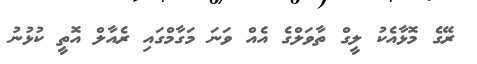
ރޭގެ މޮޅާއެކު ލީގް ތާވަލްގެ އެއް ވަނަ މަގާމްގައި ރެއާލް އޮތީ ކުޅުނު